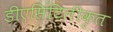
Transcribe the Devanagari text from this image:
डीएसिटिलीकृत